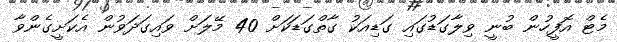
މެޓް އޮފީހުން ބުނީ ވިލާގަޑުގައި ގަޑިއަކު ގާތްގަޑަކަށް 40 މޭލަށް ވައިގަދަވުން އެކަށީގެންވާ